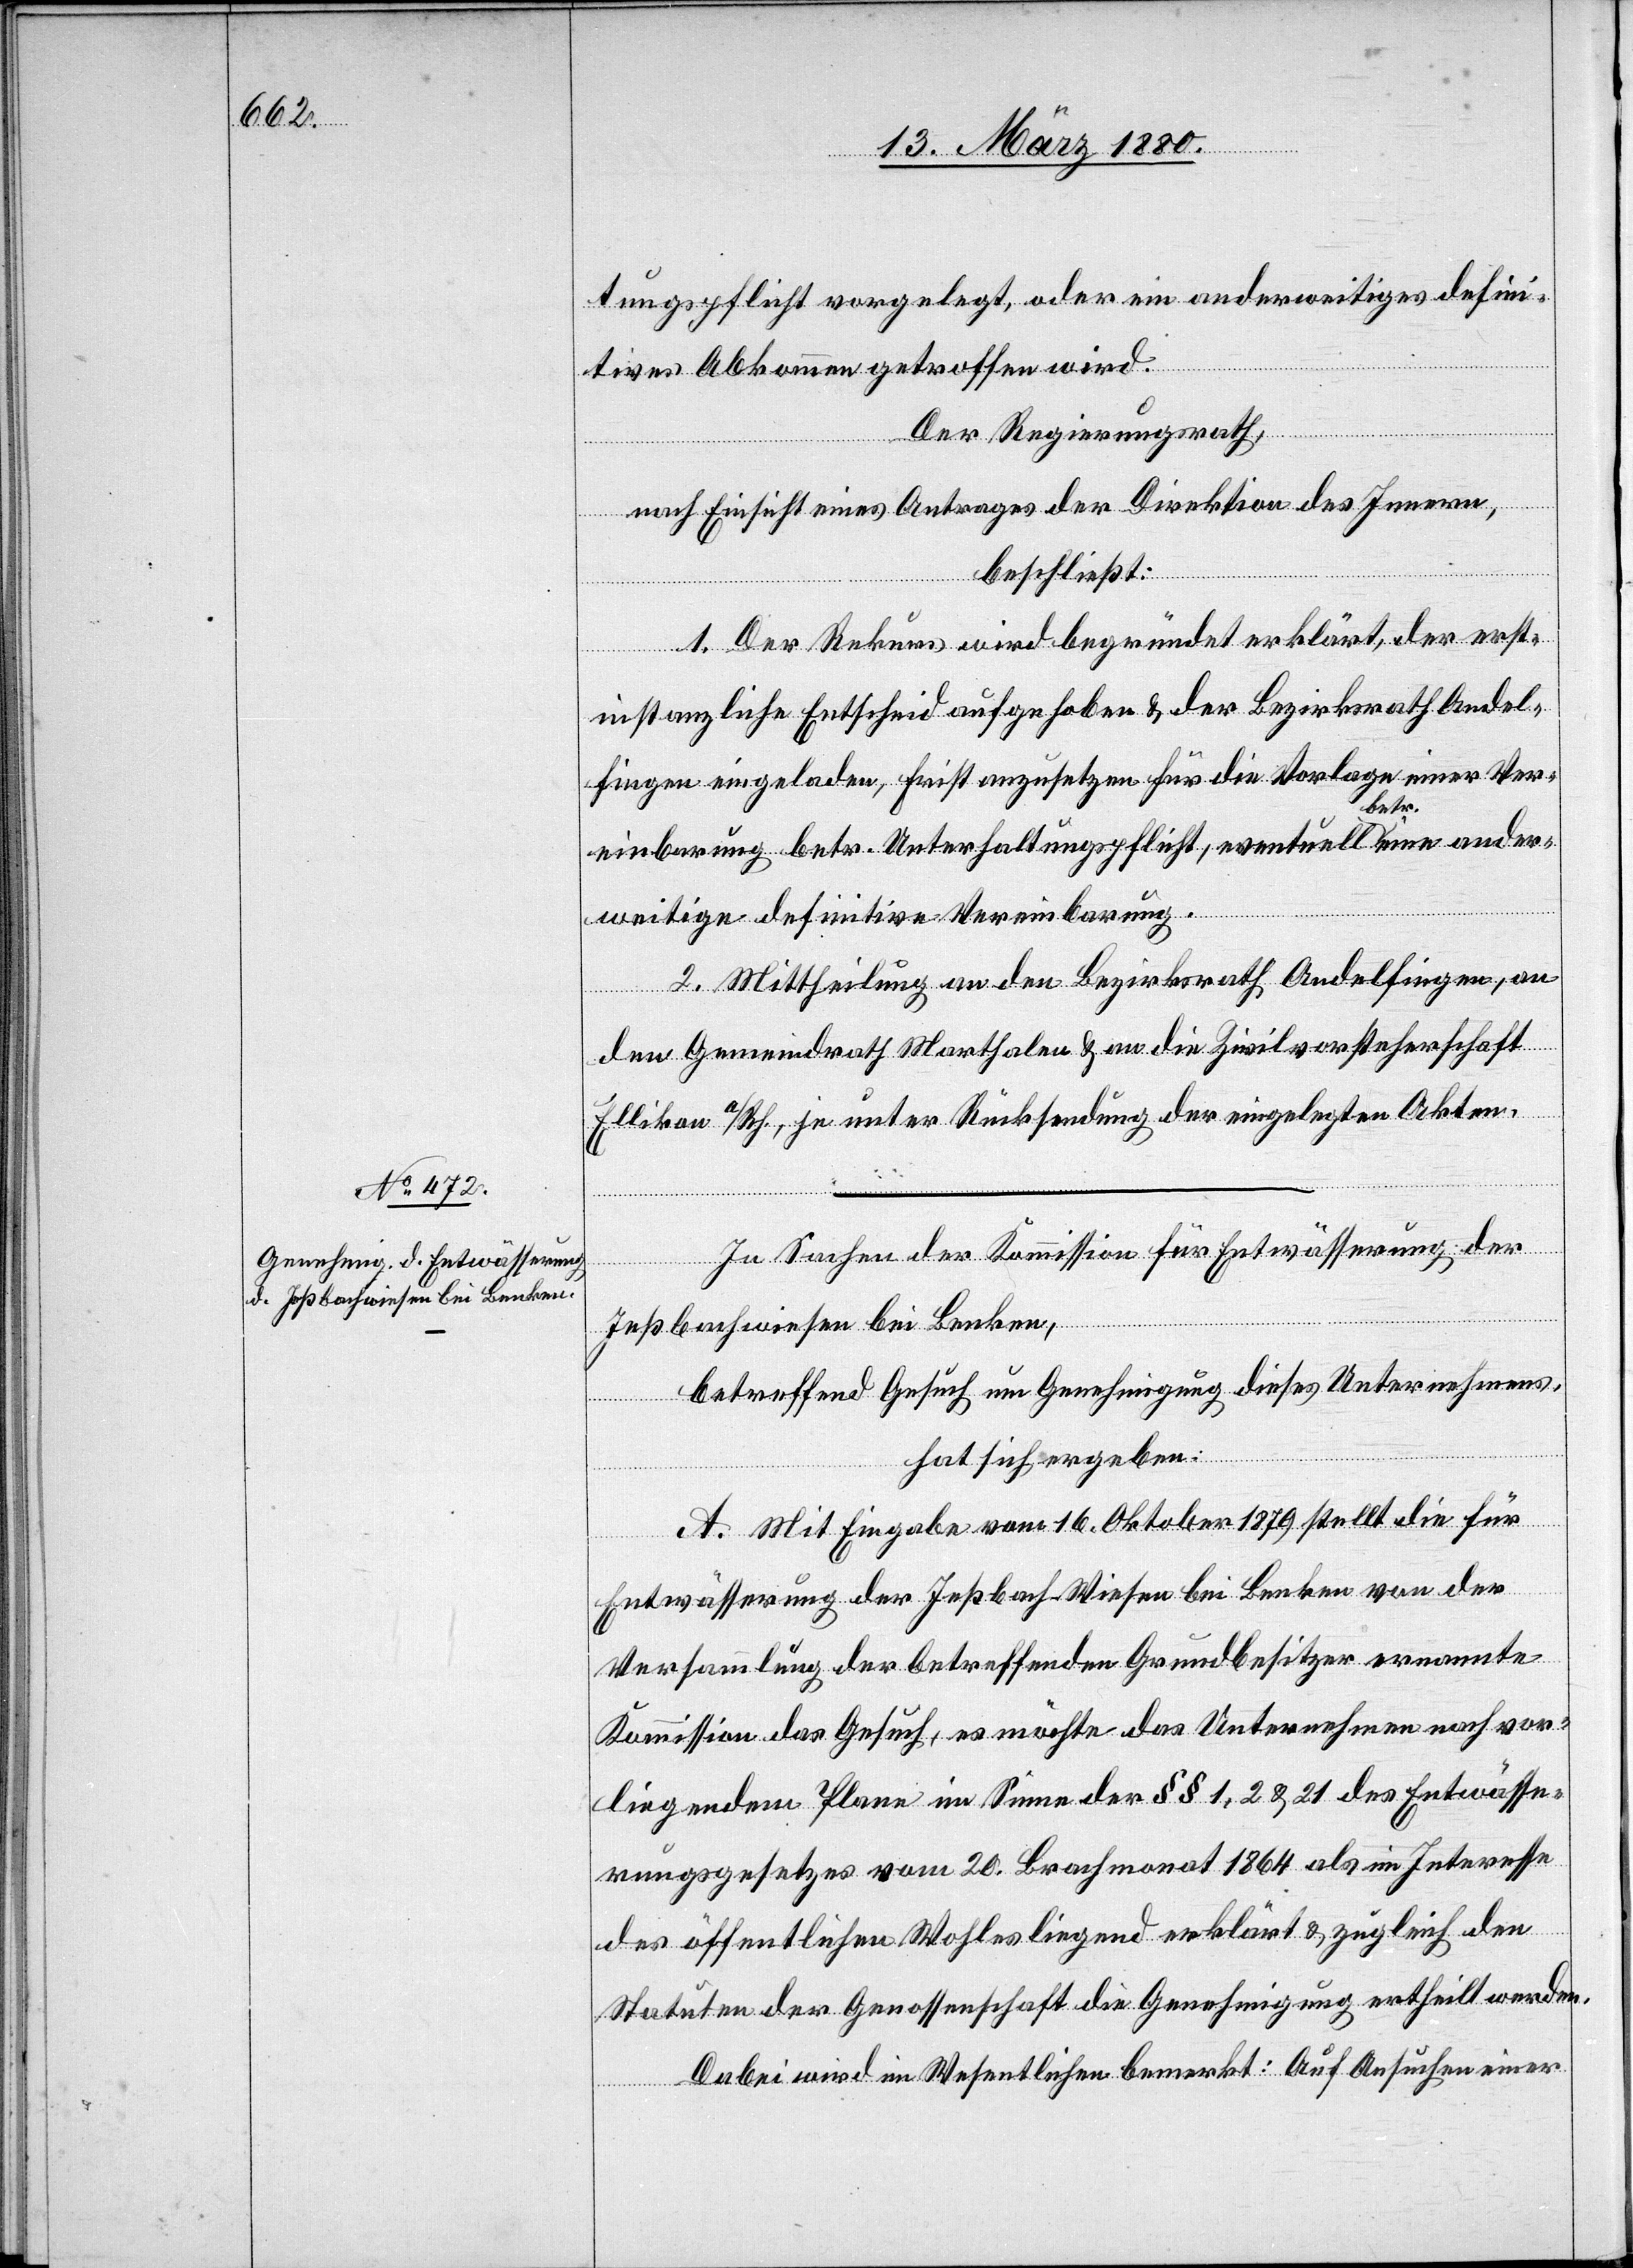
tungspflicht vorgelegt, oder ein anderweitiges defini¬
tives Abkommen getroffen wird.
Der Regierungsrath,
nach Einsicht eines Antrages der Direktion des Innern,
beschließt:
1. Der Rekurs wird begründet erklärt, der erst¬
instanzliche Entscheid aufgehoben & der Bezirksrath Andel¬
fingen eingeladen, Frist anzusetzen für die Vorlage einer Ver¬
einbarung betr. Unterhaltungspflicht, eventuell betr. eine ander¬
weitige definitive Vereinbarung.
2. Mittheilung an den Bezirksrath Andelfingen, an
den Gemeindrath Marthalen & an die Zivilvorsteherschaft
Ellikon a/Rh. unter Rücksendung der eingelegten Akten.
In Sachen der Kommission für Entwässerung der
Jeßbachwiesen bei Benken,
betreffend Gesuch um Genehmigung dieses Unternehmens,
hat sich ergeben:
A. Mit Eingabe vom 16. Oktober 1879 stellt die für
Entwässerung der Jeßbach-Wiesen bei Benken von der
Versammlung der betreffenden Grundbesitzer ernannte
Kommission das Gesuch, es möchte das Unternehmen nach vor¬
liegendem Plane im Sinne der §§ 1, 2 & 21 des Entwässe¬
rungsgesetzes vom 20. Brachmonat 1864 als im Interesse
des öffentlichen Wohles liegend erklärt & zugleich den
Statuten der Genossenschaft die Genehmigung ertheilt werden.
Dabei wird im Wesentlichen bemerkt: Auf Ansuchen einer